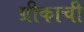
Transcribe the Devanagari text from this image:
ग्रीकाची